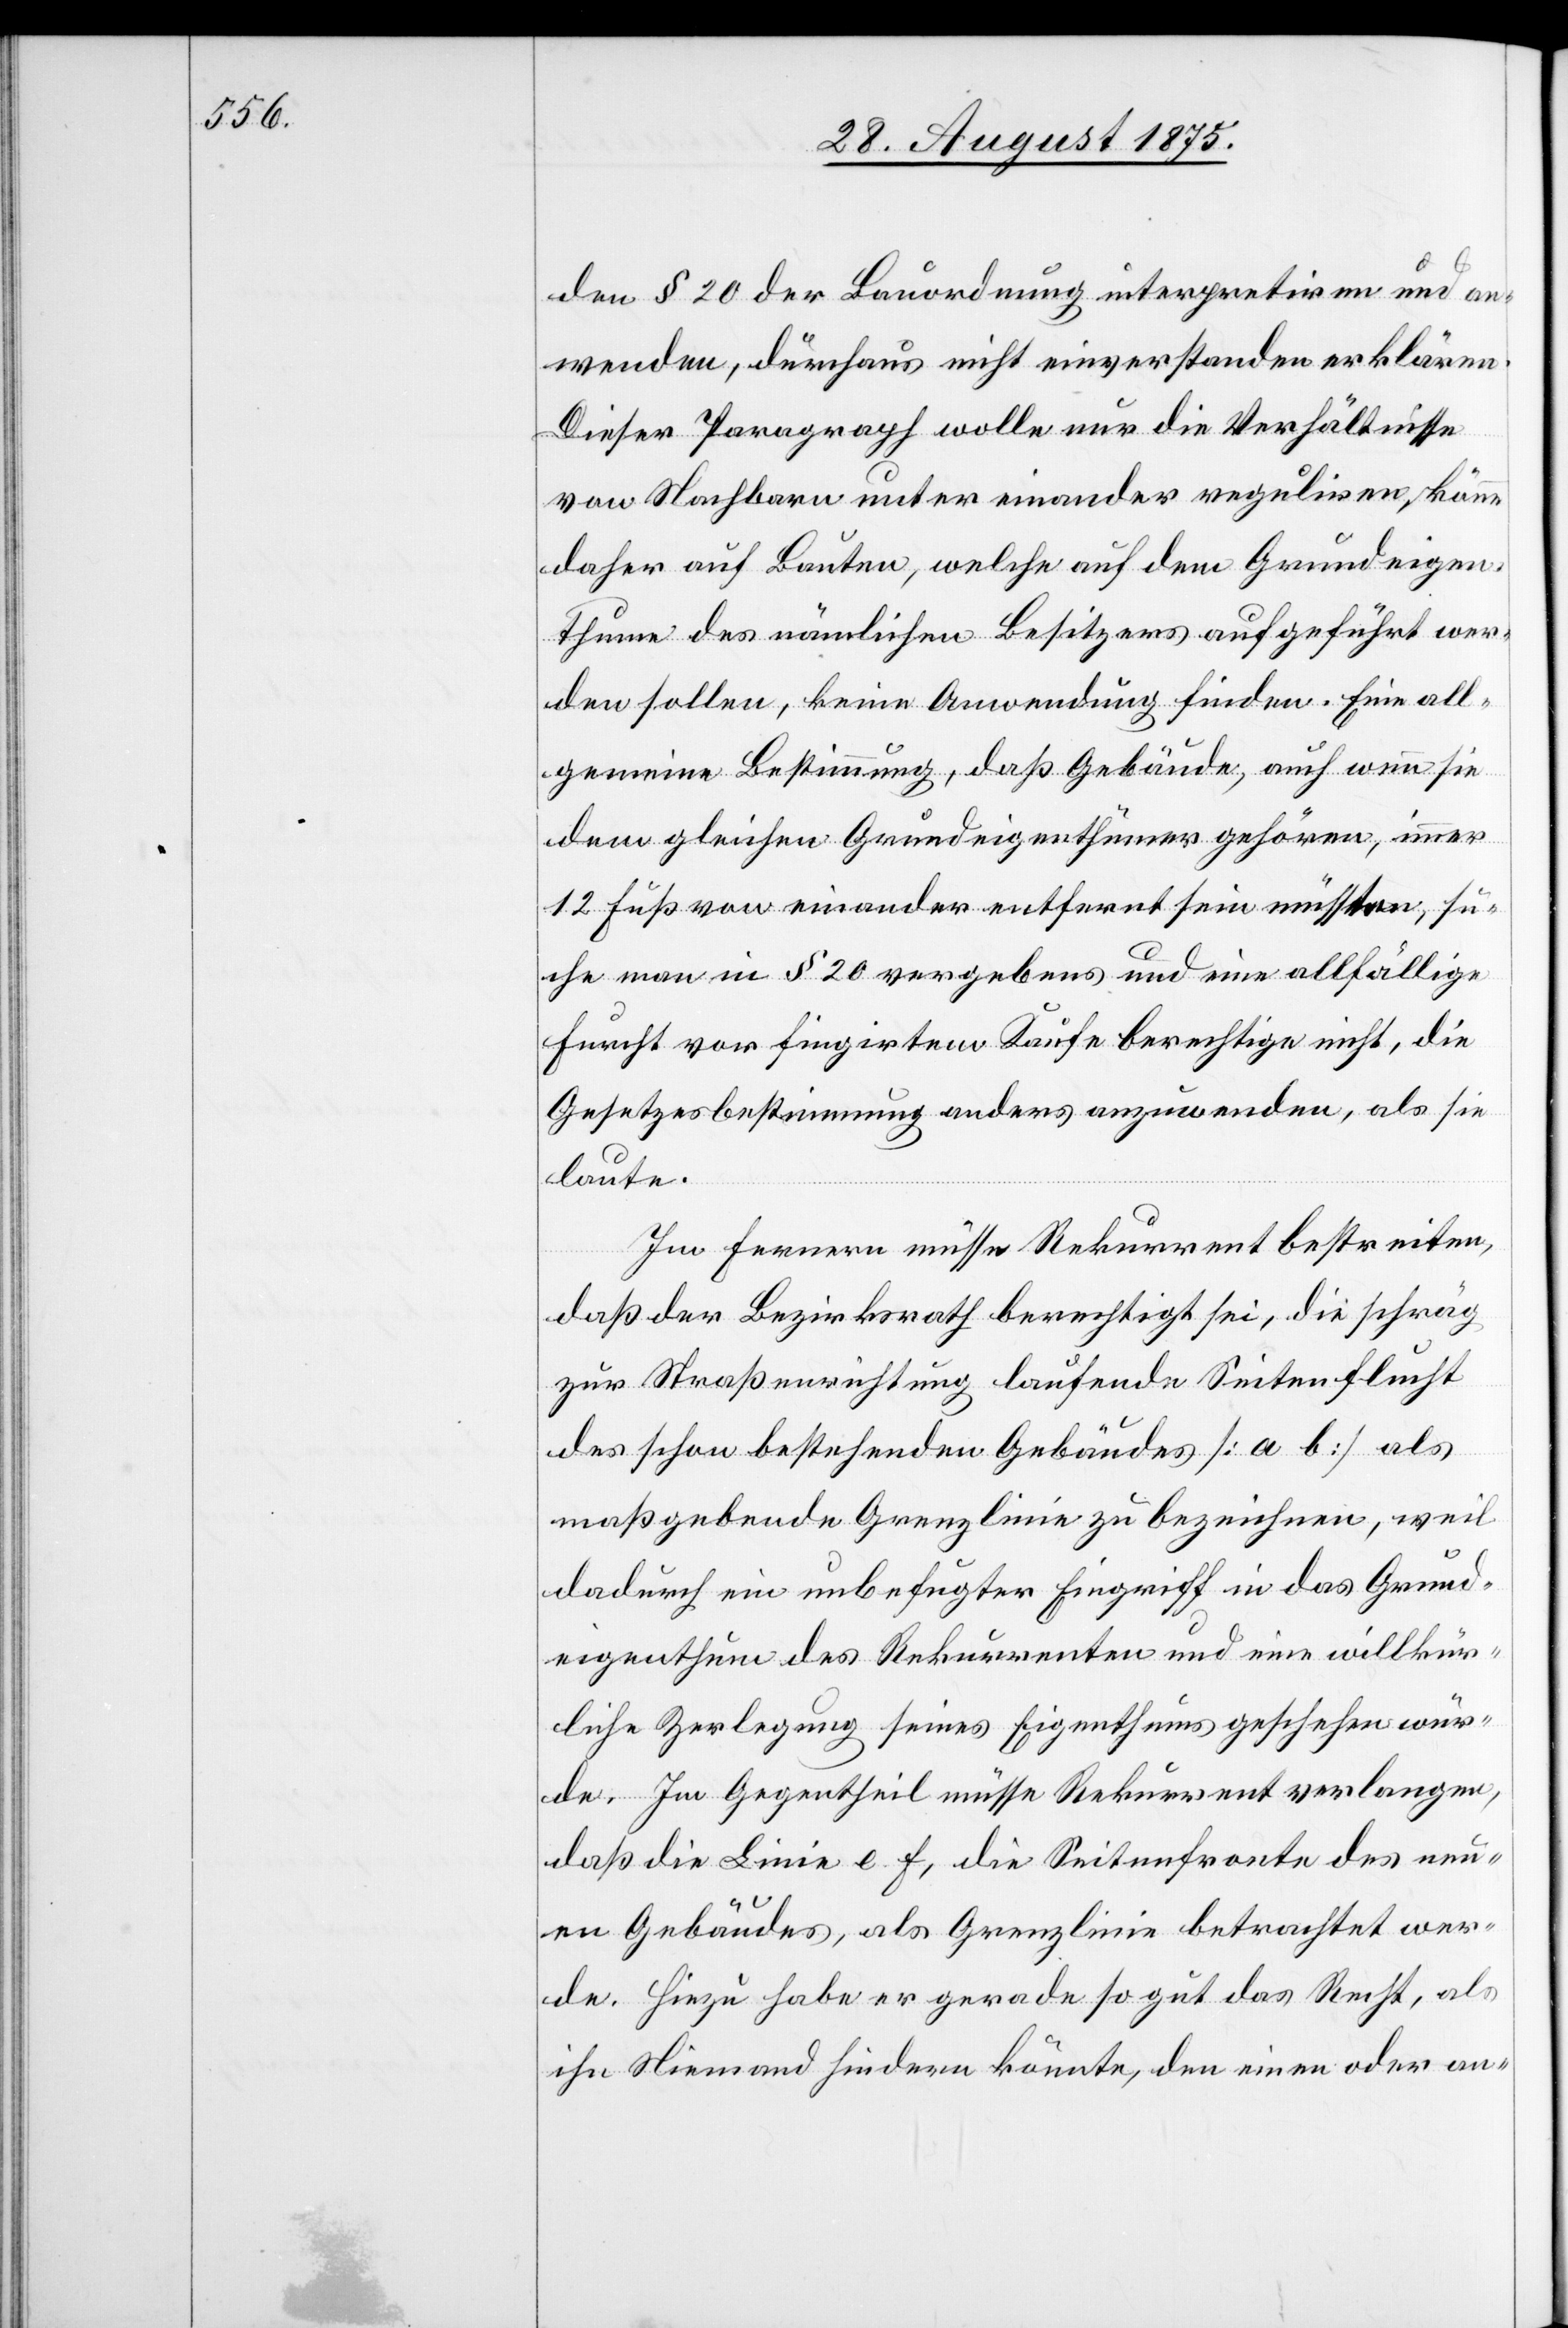
die
den § 20 der Bauordnung interpretiren und an¬
wenden, durchaus nicht einverstanden erklären.
Dieser Paragraph wolle nur die Verhältnisse
von Nachbarn unter einander reguliren, könne
daher auf Bauten, welche auf dem Grundeigen¬
thume des nämlichen Besitzers aufgeführt wer¬
den sollen, keine Anwendung finden. Eine all¬
gemeine Bestimmung, daß Gebäude, auch wenn sie
dem gleichen Grundeigenthümer gehören, immer
12 Fuß von einander entfernt sein müssten, su¬
che man in § 20 vergebens und eine allfällige
Furcht vor fingirtem Kaufe berechtige nicht, die
Gesetzesbestimmung anders anzuwenden, als sie
laute.
Im fernern müsse Rekurrent bestreiten,
daß der Bezirksrath berechtigt sei, die schräg
zur Straßenrichtung laufende Seitenflucht
des schon bestehenden Gebäudes [a b] als
maßgebende Grenzlinie zu bezeichnen, weil
dadurch ein unbefugter Eingriff in das Grund¬
eigenthum des Rekurrent verlangen, daß die
neuen Gebäudes, als Grenzlinie betrachtet wer¬
de. Hiezu habe er gerade so gut das Recht, als
ihn Niemand hindern könnte, den einen oder an-